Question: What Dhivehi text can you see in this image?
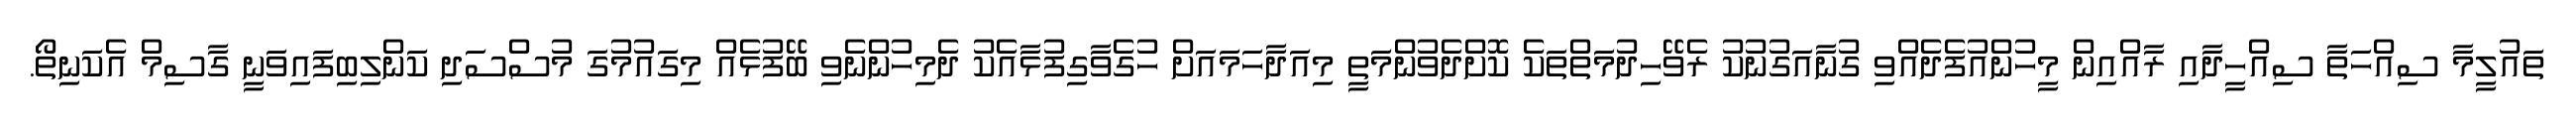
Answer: ތައުލީމާ ސިއްހަތާ ސިއްހީދާއި ރާއްއިން މީހުންއުފެދެއްވި ގުނާއަގުނުކު ރެވޭހިދުމަތްތަކެ ކޮށްދެވުންމަތީ މިއަދާހަމައަށް ހުގެވާގިފުޅާއެކު ދެމިހުންނެވި ބޭފުޅެއް މިގައުމުގަ މުސްސަދި ކަންލިބިފައިވަނީ ގާސިމް އެކަނިތޯ.